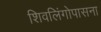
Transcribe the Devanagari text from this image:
शिवलिंगोपासना